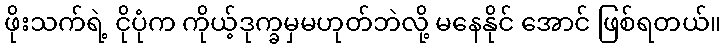
ဖိုးသက်ရဲ့ ငိုပုံက ကိုယ့်ဒုက္ခမှမဟုတ်ဘဲလို့ မနေနိုင် အောင် ဖြစ်ရတယ်။